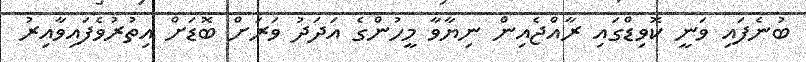
ބުނެފައި ވަނީ ކޮވިޑްގައި ރާއްޖެއިން ނިޔާވާ މީހުންގެ އަދަދު ވަރަށް ބޮޑަށް އިތުރުވެފައިވާއިރު